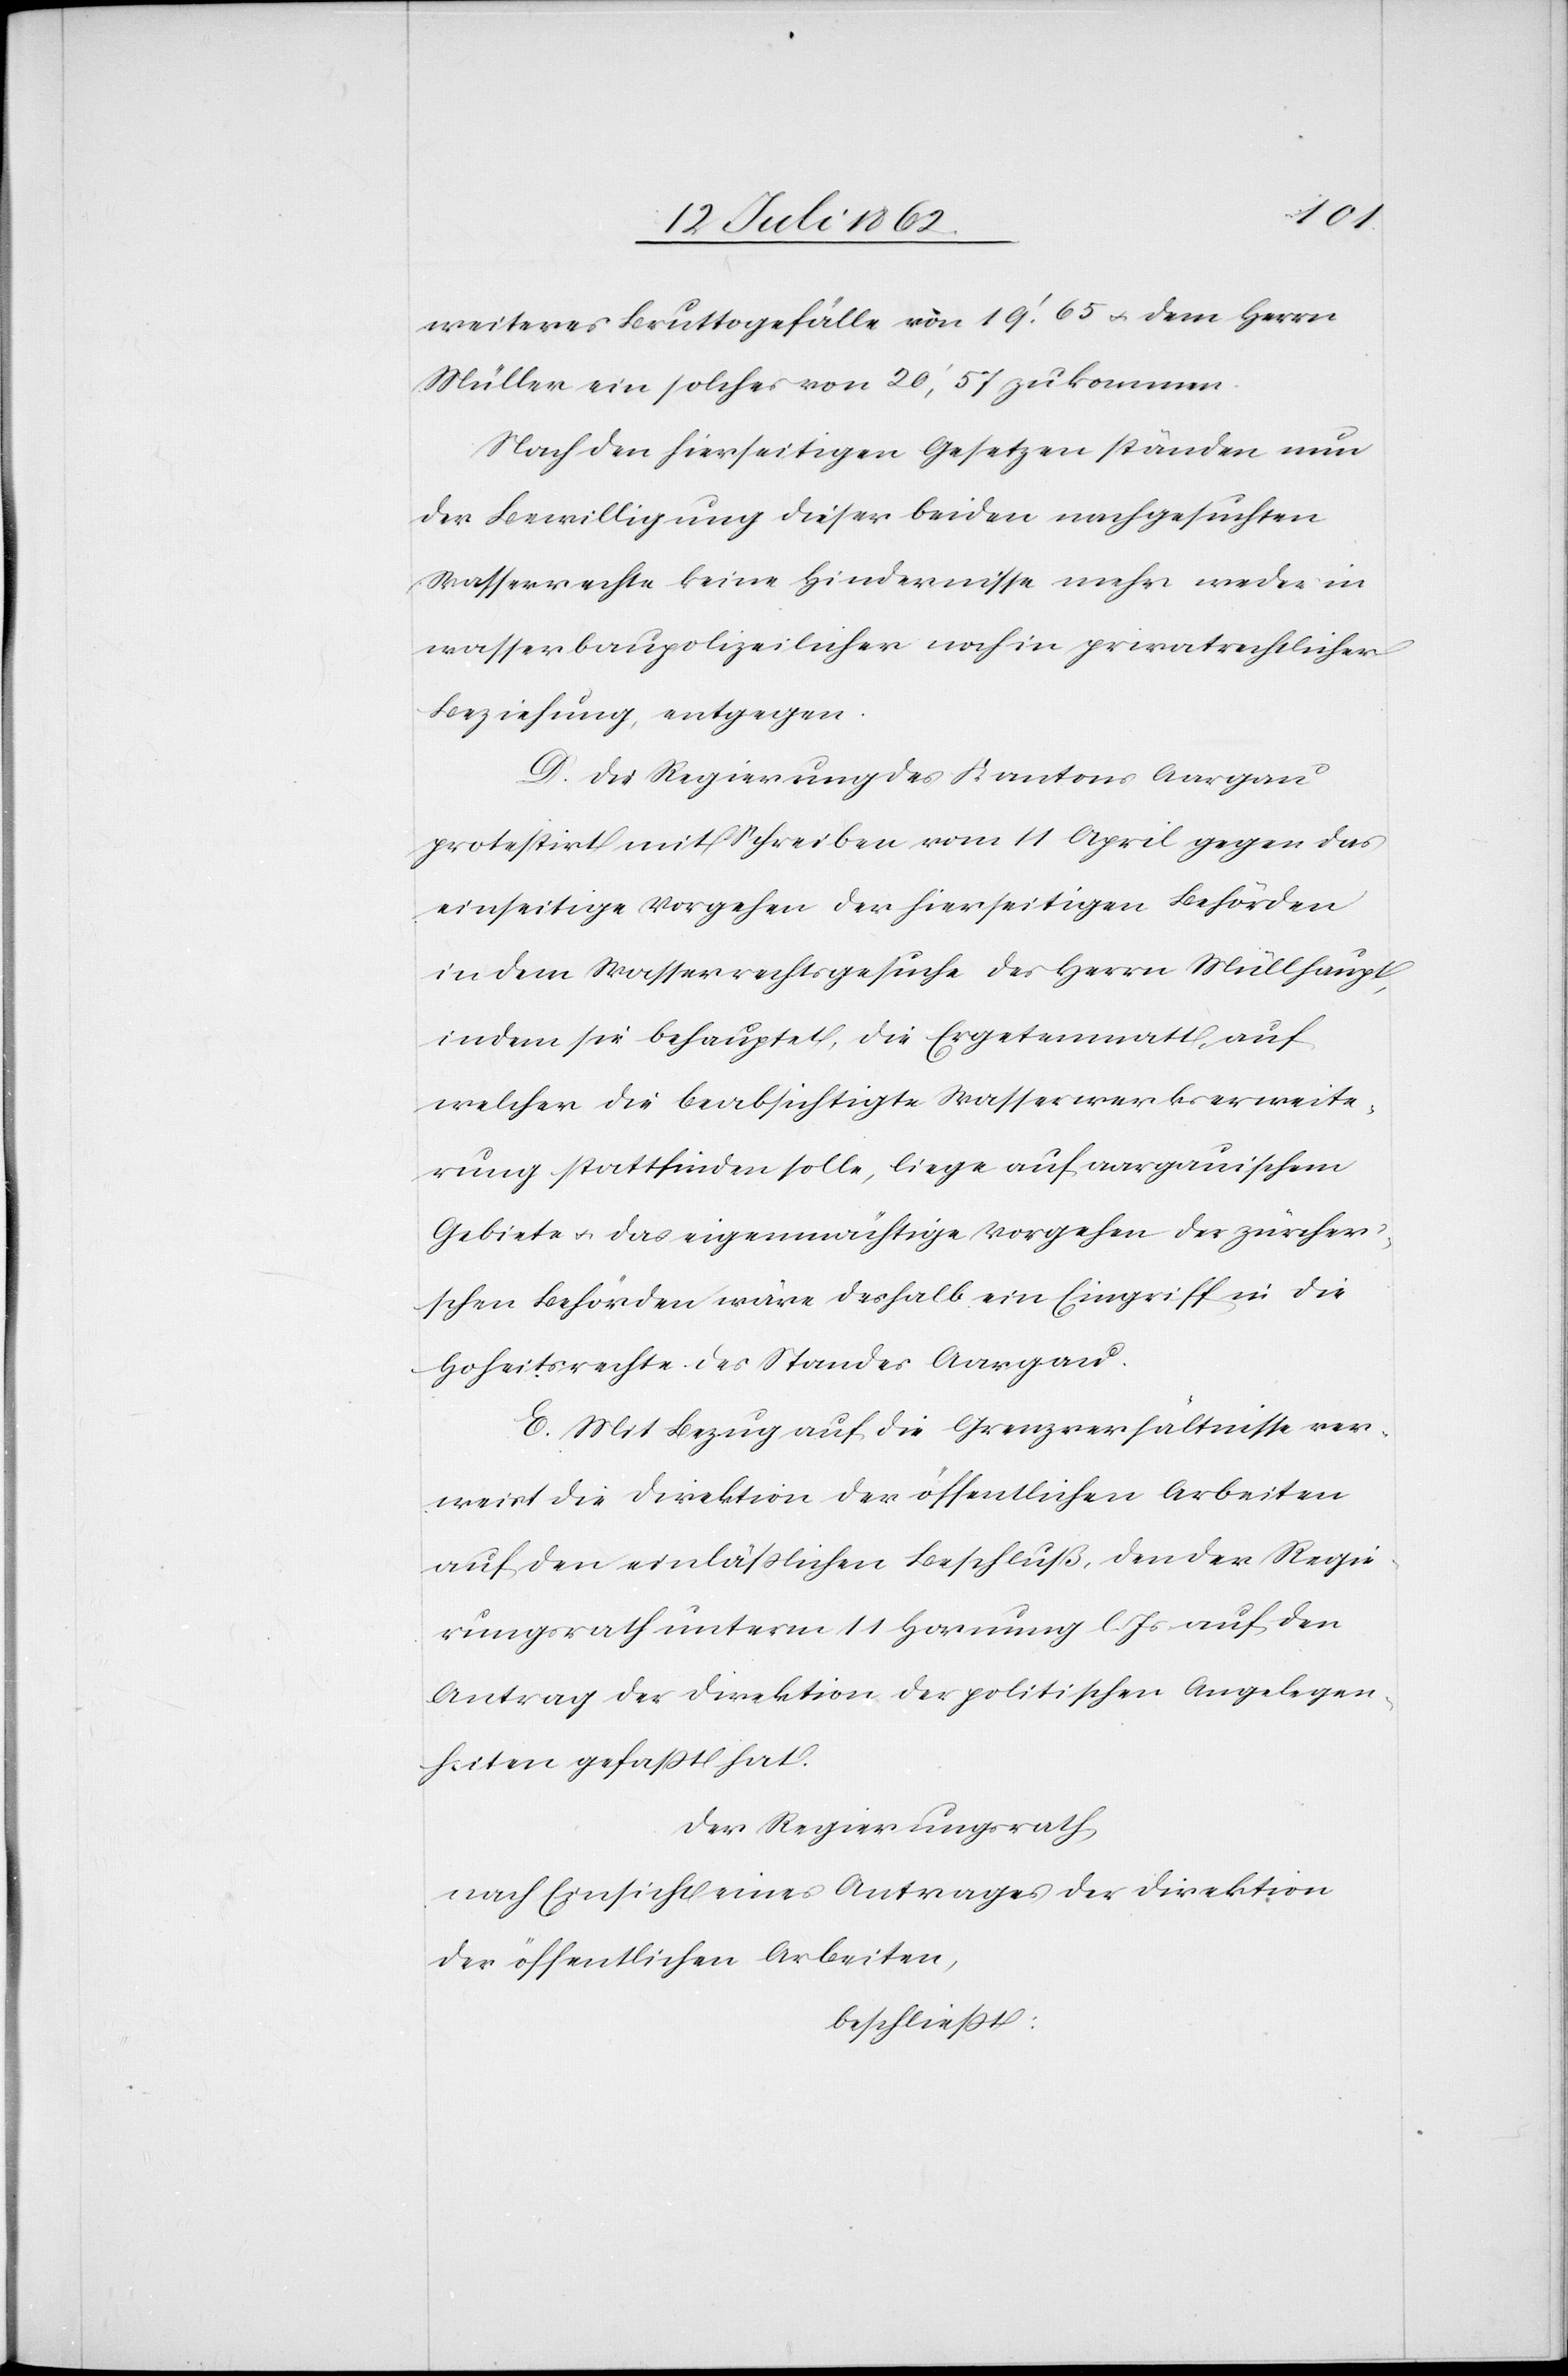
weiteres Bruttogefälle von 19’,65 u. dem Herrn
Müller ein solches von 20’,57 zukommen.
Nach den hierseitigen Gesetzen ständen nun
der Bewilligung dieser beiden nachgesuchten
Wasserrechte keine Hindernisse mehr weder in
wasserbaupolizeilicher noch in privatrechtlicher
Beziehung, entgegen.
D. Die Regierung des Kantons Aargau
protestirt mit Schreiben vom 11. April gegen das
einseitige Vorgehen der hierseitigen Behörden
in dem Wasserrechtsgesuche des Herrn Müllhaupt,
indem sie behauptet, die Ergetenmatt, auf
welcher die beabsichtigte Wasserwerkserweite¬
rung stattfinden solle, liege auf aargauischem
Gebiete u. das eigenmächtige Vorgehen der zürcher¬
ischen Behörden wäre deshalb ein Eingriff in die
Hoheitsrechte des Standes Aargau.
E. Mit Bezug auf die Grenzverhältnisse ver¬
weist die Direktion der öffentlichen Arbeiten
auf den einläßlichen Beschluß, den der Regie¬
rungsrath unterm 11. Hornung l. Js. auf den
Antrag der Direktion der politischen Angelegen¬
heiten gefaßt hat.
Der Regierungsrath,
nach Einsicht eines Antrages der Direktion
der öffentlichen Arbeiten,
beschließt: